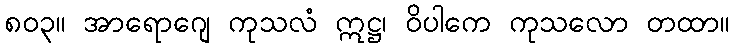
၈၀၃။ အာရောဂျေ ကုသလံ ဣဋ္ဌ၊ ဝိပါကေ ကုသလော တထာ။